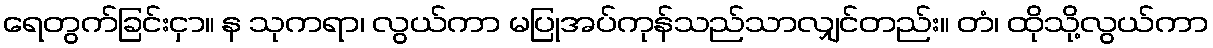
ရေတွက်ခြင်းငှာ။ န သုကရာ၊ လွယ်ကာ မပြုအပ်ကုန်သည်သာလျှင်တည်း။ တံ၊ ထိုသို့လွယ်ကာ